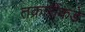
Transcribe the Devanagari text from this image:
तक्रारींकडे